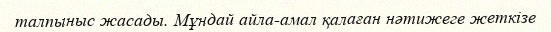
талпыныс жасады. Мұндай айла-амал қалаған нәтижеге жеткізе